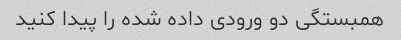
همبستگی دو ورودی داده شده را پیدا کنید